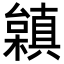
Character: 𣞟